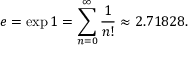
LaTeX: e = \exp 1 = \sum _ { n = 0 } ^ { \infty } { \frac { 1 } { n ! } } \approx 2 . 7 1 8 2 8 .